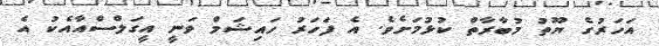
އަހަރުގެ ޔޫތު މުބާރާތް ކުޅުމަށެވެ. އެ ފަހަރު ހައިޝަމް ވަނީ އީގަލްސްއާއެކު އެ